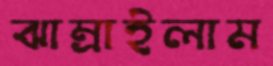
ঝাম্‌রাইলাম